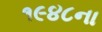
૧૯૪૮ના